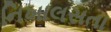
નિખાલસતા